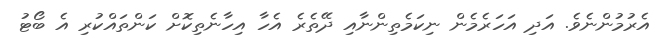
އެރުމުންނެވެ. އަދި އަހަރެެމެން ނިކަމެތިިންނާއި ދޭތެރެ އެހާ އިހާނެތިކޮށް ކަންތައްކުރި އެ ބޯޓު